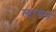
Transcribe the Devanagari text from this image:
ल्हाचेन